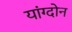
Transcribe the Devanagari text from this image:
यांग्दोन